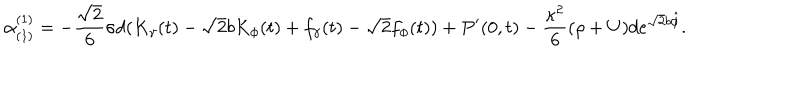
\alpha _ { ( 1 ) } ^ { ( 1 ) } = - \frac { \sqrt { 2 } } { 6 } \sigma d ( K _ { \gamma } ( t ) - \sqrt { 2 } b K _ { \phi } ( t ) + f _ { \gamma } ( t ) - \sqrt { 2 } f _ { \phi } ( t ) ) + P ^ { \prime } ( 0 , t ) - \frac { \kappa ^ { 2 } } { 6 } ( \rho + U ) d e ^ { \sqrt { 2 } b \hat { \phi } } .